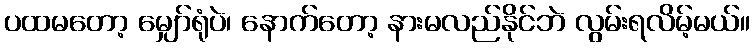
ပထမတော့ မျှော်ရုံပဲ၊ နောက်တော့ နားမလည်နိုင်ဘဲ လွမ်းရလိမ့်မယ်။